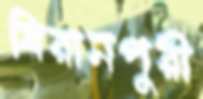
বিরানপুরী